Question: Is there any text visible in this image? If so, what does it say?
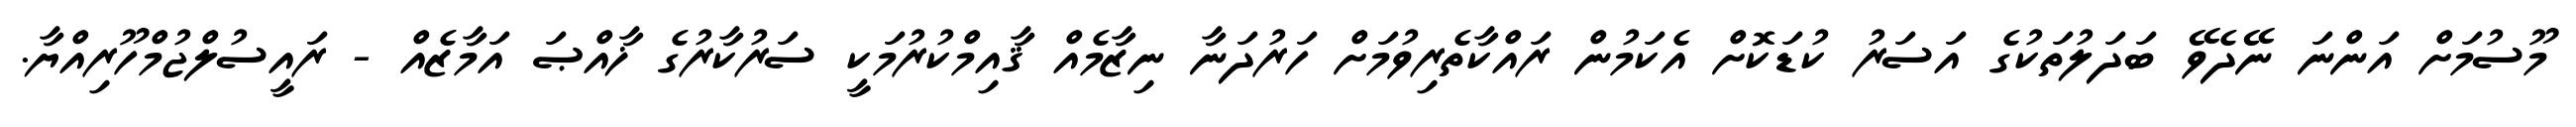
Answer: މޫސުމަށް އަންނަ ނޭދެވޭ ބަދަލުތަކުގެ އަސަރު ކުޑަކޮށް އެކަމުން ރައްކާތެރިވުމަށް ހަރުދަނާ ނިޒާމެއް ޤާއިމްކުރުމަކީ ސަރުކާރުގެ ޚާއްޞަ އަމާޒެއް - ރައީސުލްޖުމްހޫރިއްޔާ.